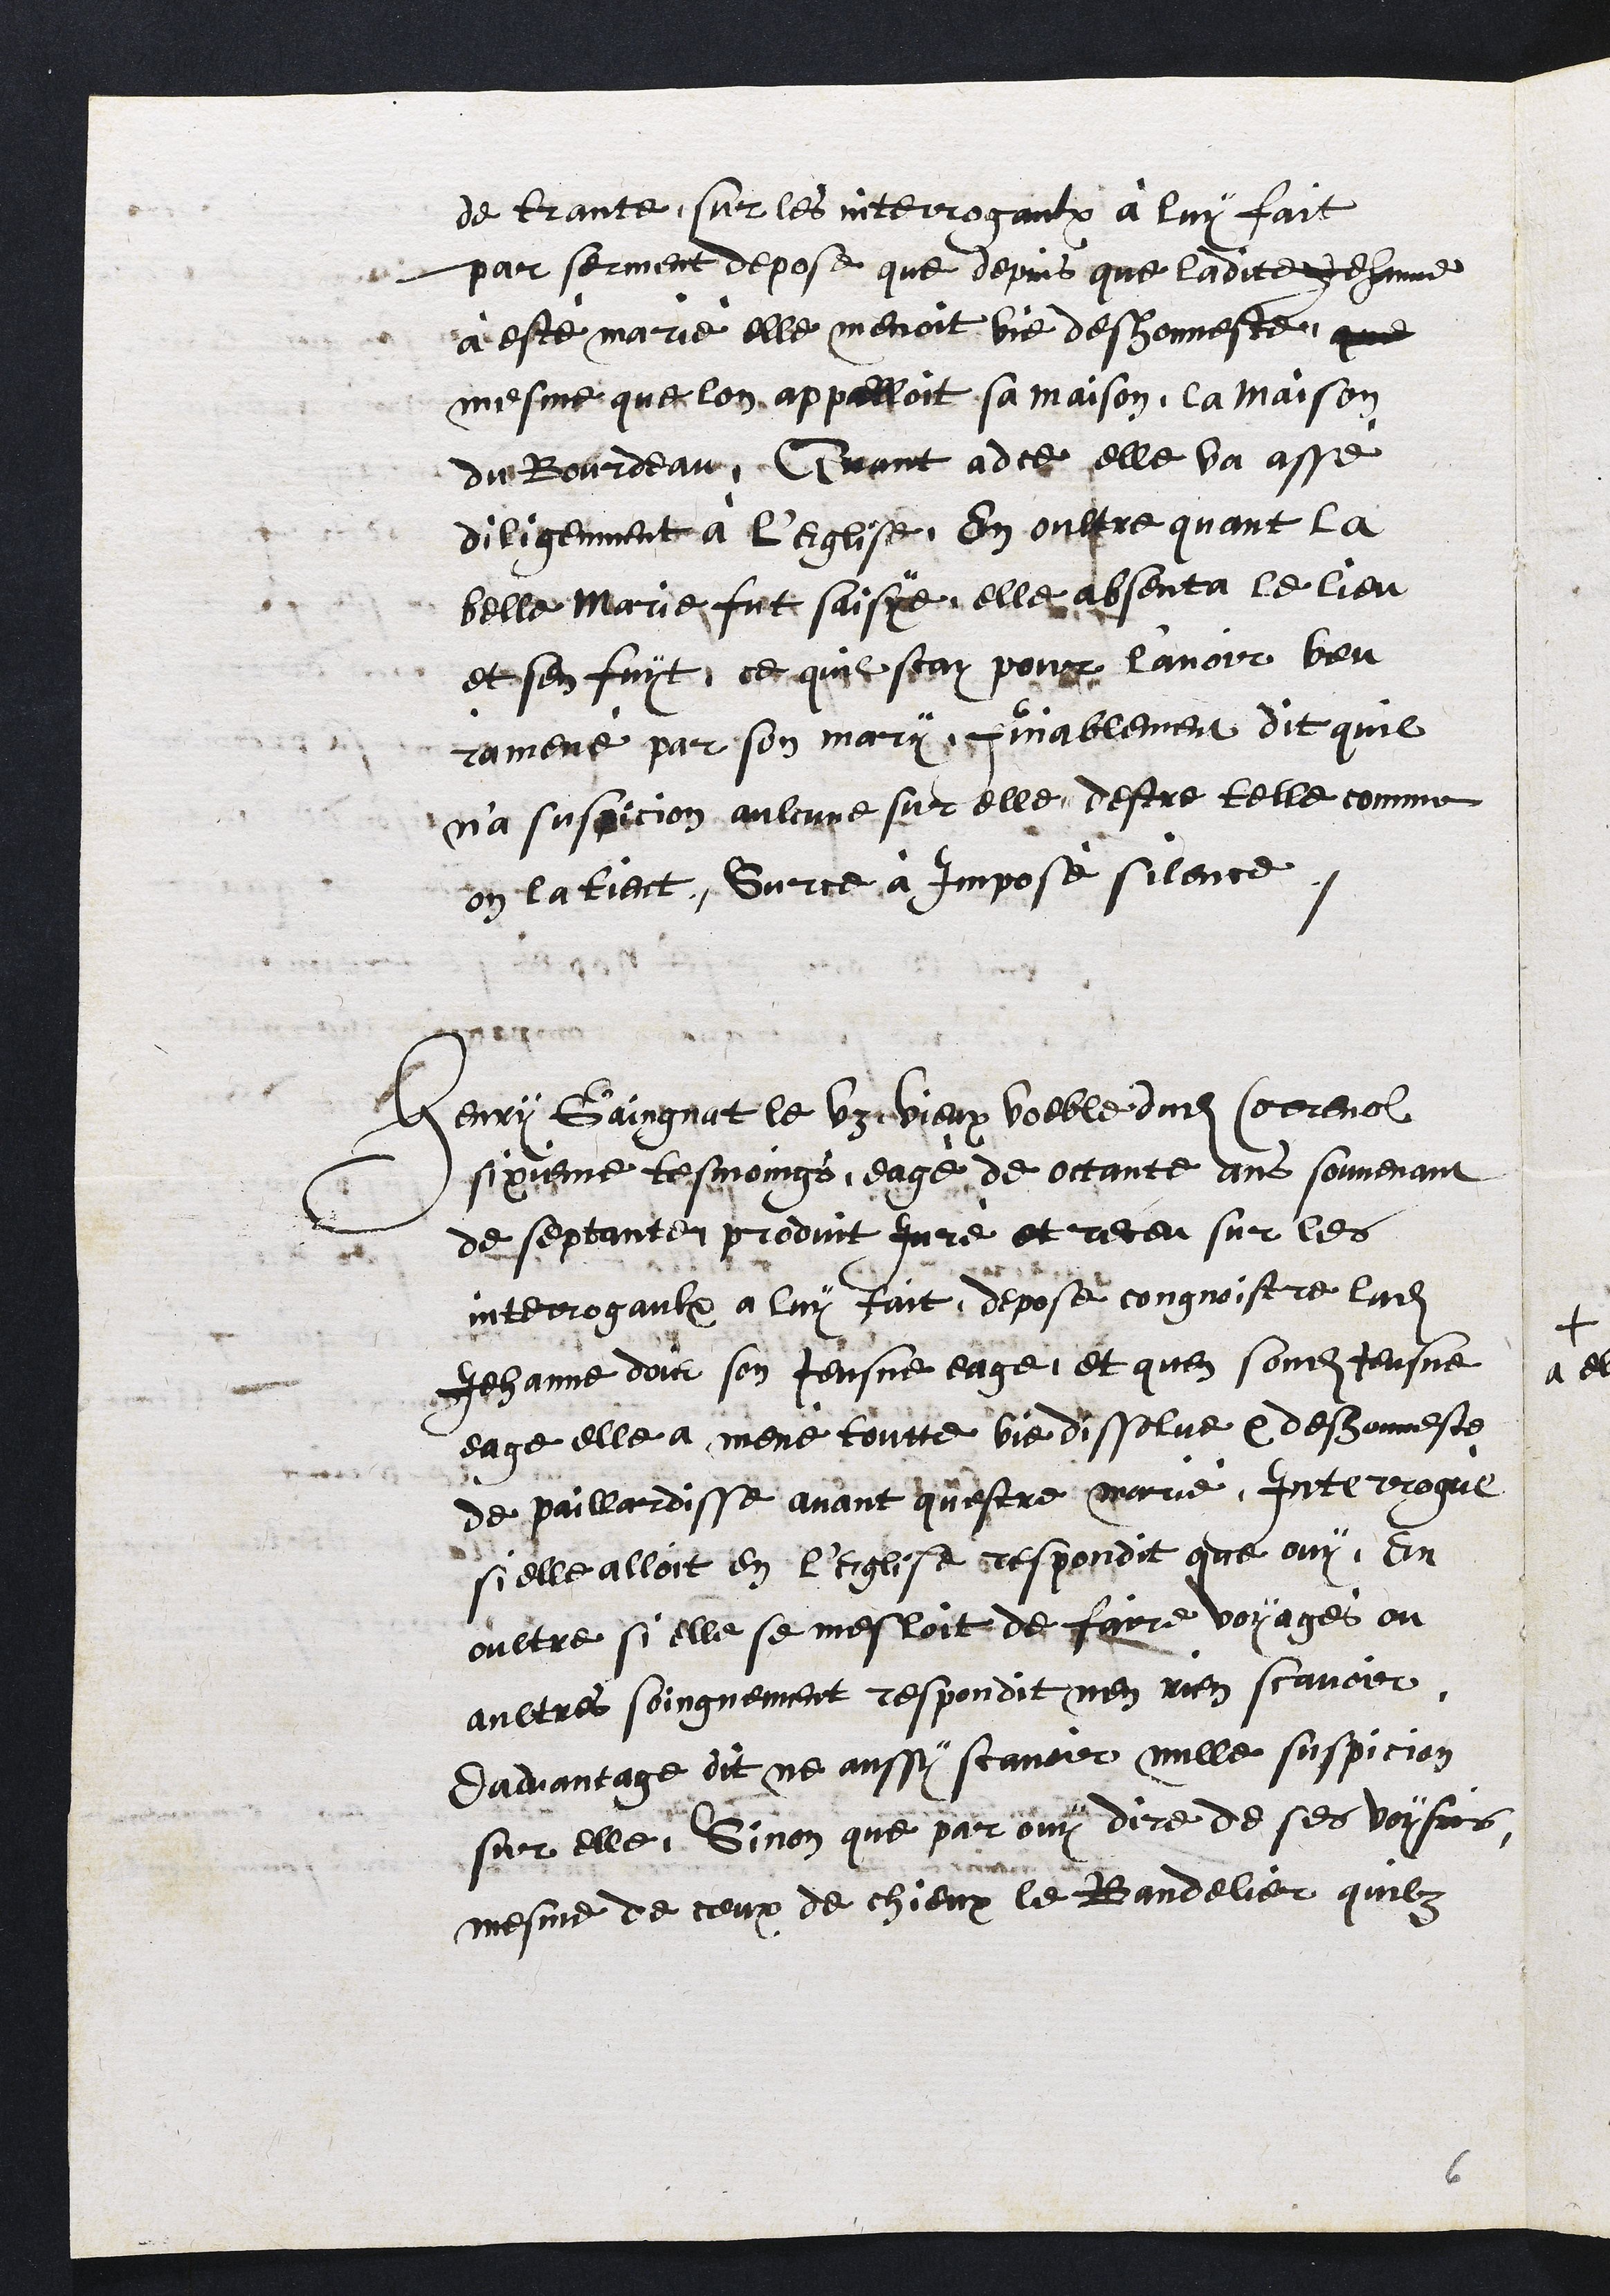
de trante, sur les interrogaulx à luy fait
par serment depose que depuis que ladite Jehanne
a esté marié elle menoit vie deshonneste que
mesme que lon appelloit sa maison, la maison
du Bourdeau, Quant adce elle va assé
diligemment à l'Eglise, En oultre quant la
belle Marie fut saiye, elle absenta le lieu
et sen fuyt, ce quil scay pour l'avoir veu
ramené par son mary, finablement dit quil
n'a suspicion aulcune sur elle, destre telle comme
en la tient. Sur ce à imposé silence.
Henry Gaingnat le vz vieux voeble dudit Correnol
sixieme tesmoings, eagé de octante ans souvenant
de septante produit Juré et receu sur les
interrogaulx a luy fait, depose congnoistre ladite
Jehanne dois son Jeusne eage, et quen sondit Jeusne
eage elle a mené toutte vie dissolue et deshonneste
de paillardisse avant qu'estre marié. Interrogué
si elle alloit en l'Eglise respondit que ouy. En
oultre si elle se mesloit de faire voyages ou
aultres soingnement respondit nen rien scavoir
Dadvantage dit ne aussy scavoir nulle suspicion
sur elle, Sinon que par ouy dire de ses voysins
mesme de ceux de chieux le Bandelier quilz

6